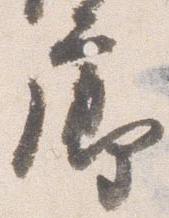
廊